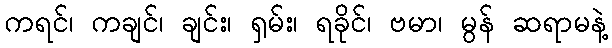
ကရင်၊ ကချင်၊ ချင်း၊ ရှမ်း၊ ရခိုင်၊ ဗမာ၊ မွန် ဆရာမနဲ့